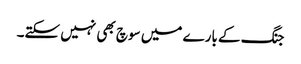
جنگ کے بارے میں سوچ بھی نہیں سکتے۔